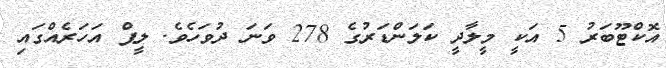
އޮކްޓޫބަރު 5 އަކީ މީލާދީ ކަލަންޑަރުގެ 278 ވަނަ ދުވަހެވެ. ލީޕް އަހަރެއްގައި